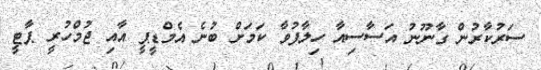
ސަރުކާރުން ގާނޫނު އަސާސިއާ ހިލާފުވާ ކަމަށް ބުނެ އެމްޑީޕީ އާއި ޖުމްހުރީ ޕާޓީ